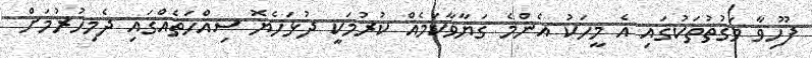
ފޫހިވާ ވަގުތުތަކުގައި އެ މީހަކު އެންމެ ގަޔާވާކަމެއް ކުރުމަކީ ދުޅަހެޔޮ ސިއްހަތެއްގައި ދެމިހުރުމަށް